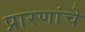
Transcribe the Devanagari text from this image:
प्रारणांचे